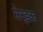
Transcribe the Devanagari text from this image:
सेन्डक